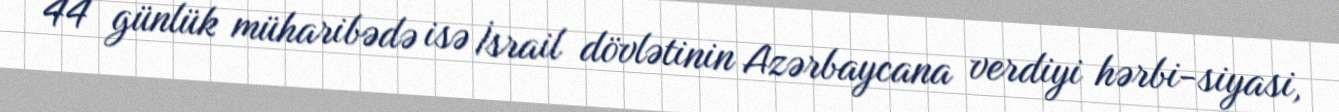
44 günlük müharibədə isə İsrail dövlətinin Azərbaycana verdiyi hərbi-siyasi,